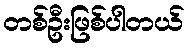
တစ်ဦးဖြစ်ပါတယ်